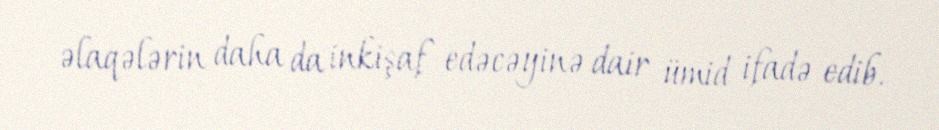
əlaqələrin daha da inkişaf edəcəyinə dair ümid ifadə edib.